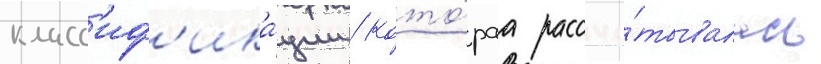
класс'иф'ика́ции / кото́раа рассчи́тывалась